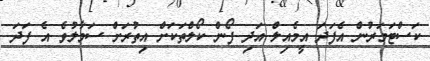
ކަސްޓަމަރުން އެފަދަ އީމެއިލް އަދި ފޯން ކޯލްތަކަށް އިތުރަށް ސަމާލުވެ އެ ފަދަ